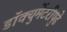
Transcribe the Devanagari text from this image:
डॉक्युमेंटरीपुढे